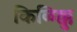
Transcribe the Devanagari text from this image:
किळिक्कु